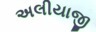
અલીયાજી